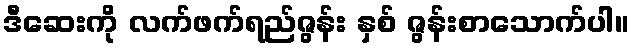
ဒီဆေးကို လက်ဖက်ရည်ဇွန်း နှစ် ဇွန်းစာသောက်ပါ။